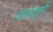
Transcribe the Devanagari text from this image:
ताडपत्री